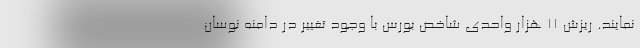
نمایند. ریزش 11 هزار واحدی شاخص بورس با وجود تغییر در دامنه نوسان